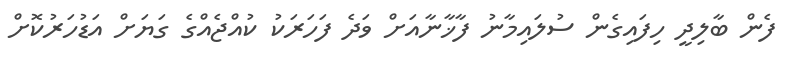
ފެން ބާލިދީ ހިފައިގެން ސުލައިމާނު ފާޚާނާއަށް ވަދެ ފަހަރަކު ކުއްޖެއްގެ ގަޔަށް އަޑުހަރުކޮށް